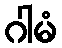
ဂါမံ